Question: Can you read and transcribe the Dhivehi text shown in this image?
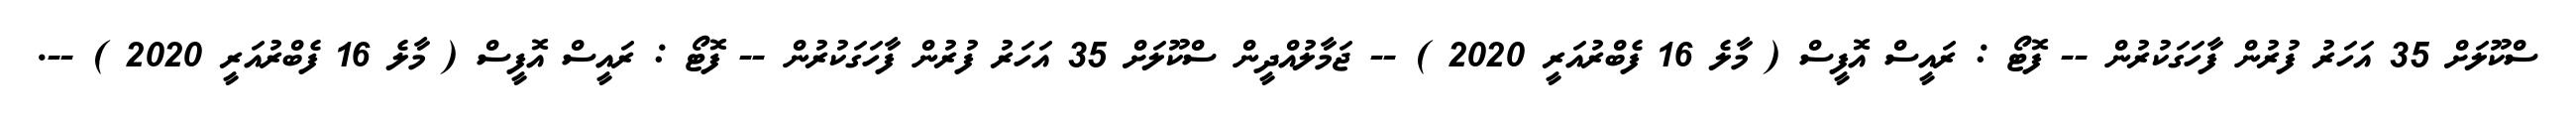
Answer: ސްކޫލަށް 35 އަހަރު ފުރުން ފާހަގަކުރުން -- ފޮޓޯ : ރައީސް އޮފީސް ( މާލެ 16 ފެބްރުއަރީ 2020 ) -- ޖަމާލުއްދީން ސްކޫލަށް 35 އަހަރު ފުރުން ފާހަގަކުރުން -- ފޮޓޯ : ރައީސް އޮފީސް ( މާލެ 16 ފެބްރުއަރީ 2020 ) --.